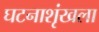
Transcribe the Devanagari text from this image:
घटनाशृंखला